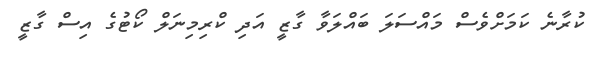
ކުރާނެ ކަމަށްވެސް މައްސަލަ ބައްލަވާ ގާޒީ އަދި ކްރިމިނަލް ކޯޓުގެ އިސް ގާޒީ